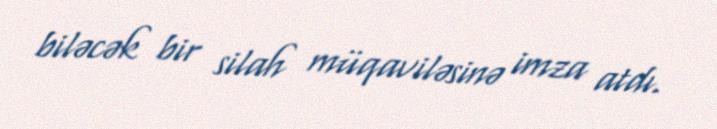
biləcək bir silah müqaviləsinə imza atdı.